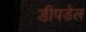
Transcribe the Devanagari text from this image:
डीपडेल